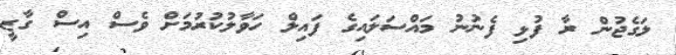
ލަގެޖުން ރާ ފުޅި ފެނުނު މައްސަލައިގެ ފައިލް ހަވާލުކުރުމަށް ވެސް އިސް ގާޒީ